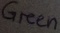
Text: Green